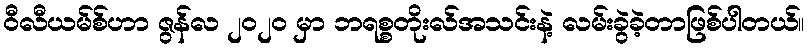
ဝီလီယမ်စ်ဟာ ဇွန်လ ၂၀၂၀ မှာ ဘရစ္စတိုးလ်အသင်းနဲ့ လမ်းခွဲခဲ့တာဖြစ်ပါတယ်။